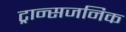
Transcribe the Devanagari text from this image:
ट्रान्सजनिक